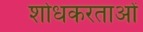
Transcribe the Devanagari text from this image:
शोधकरताओं